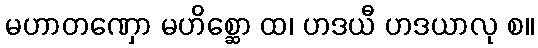
မဟာတဏှော မဟိစ္ဆော ထ၊ ဟဒယီ ဟဒယာလု စ။